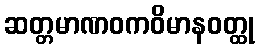
ဆတ္တမာဏဝကဝိမာနဝတ္ထု